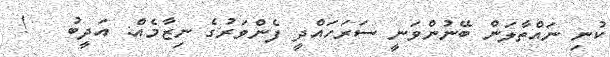
ކުނި ނައްތާލަން ބޭނުންވަނީ ސަރަހައްދީ ފެންވަރުގެ ނިޒާމެއް: އަދީބު   !